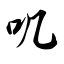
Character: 叽